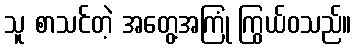
သူ စာသင်တဲ့ အတွေ့အကြုံ ကြွယ်ဝသည်။